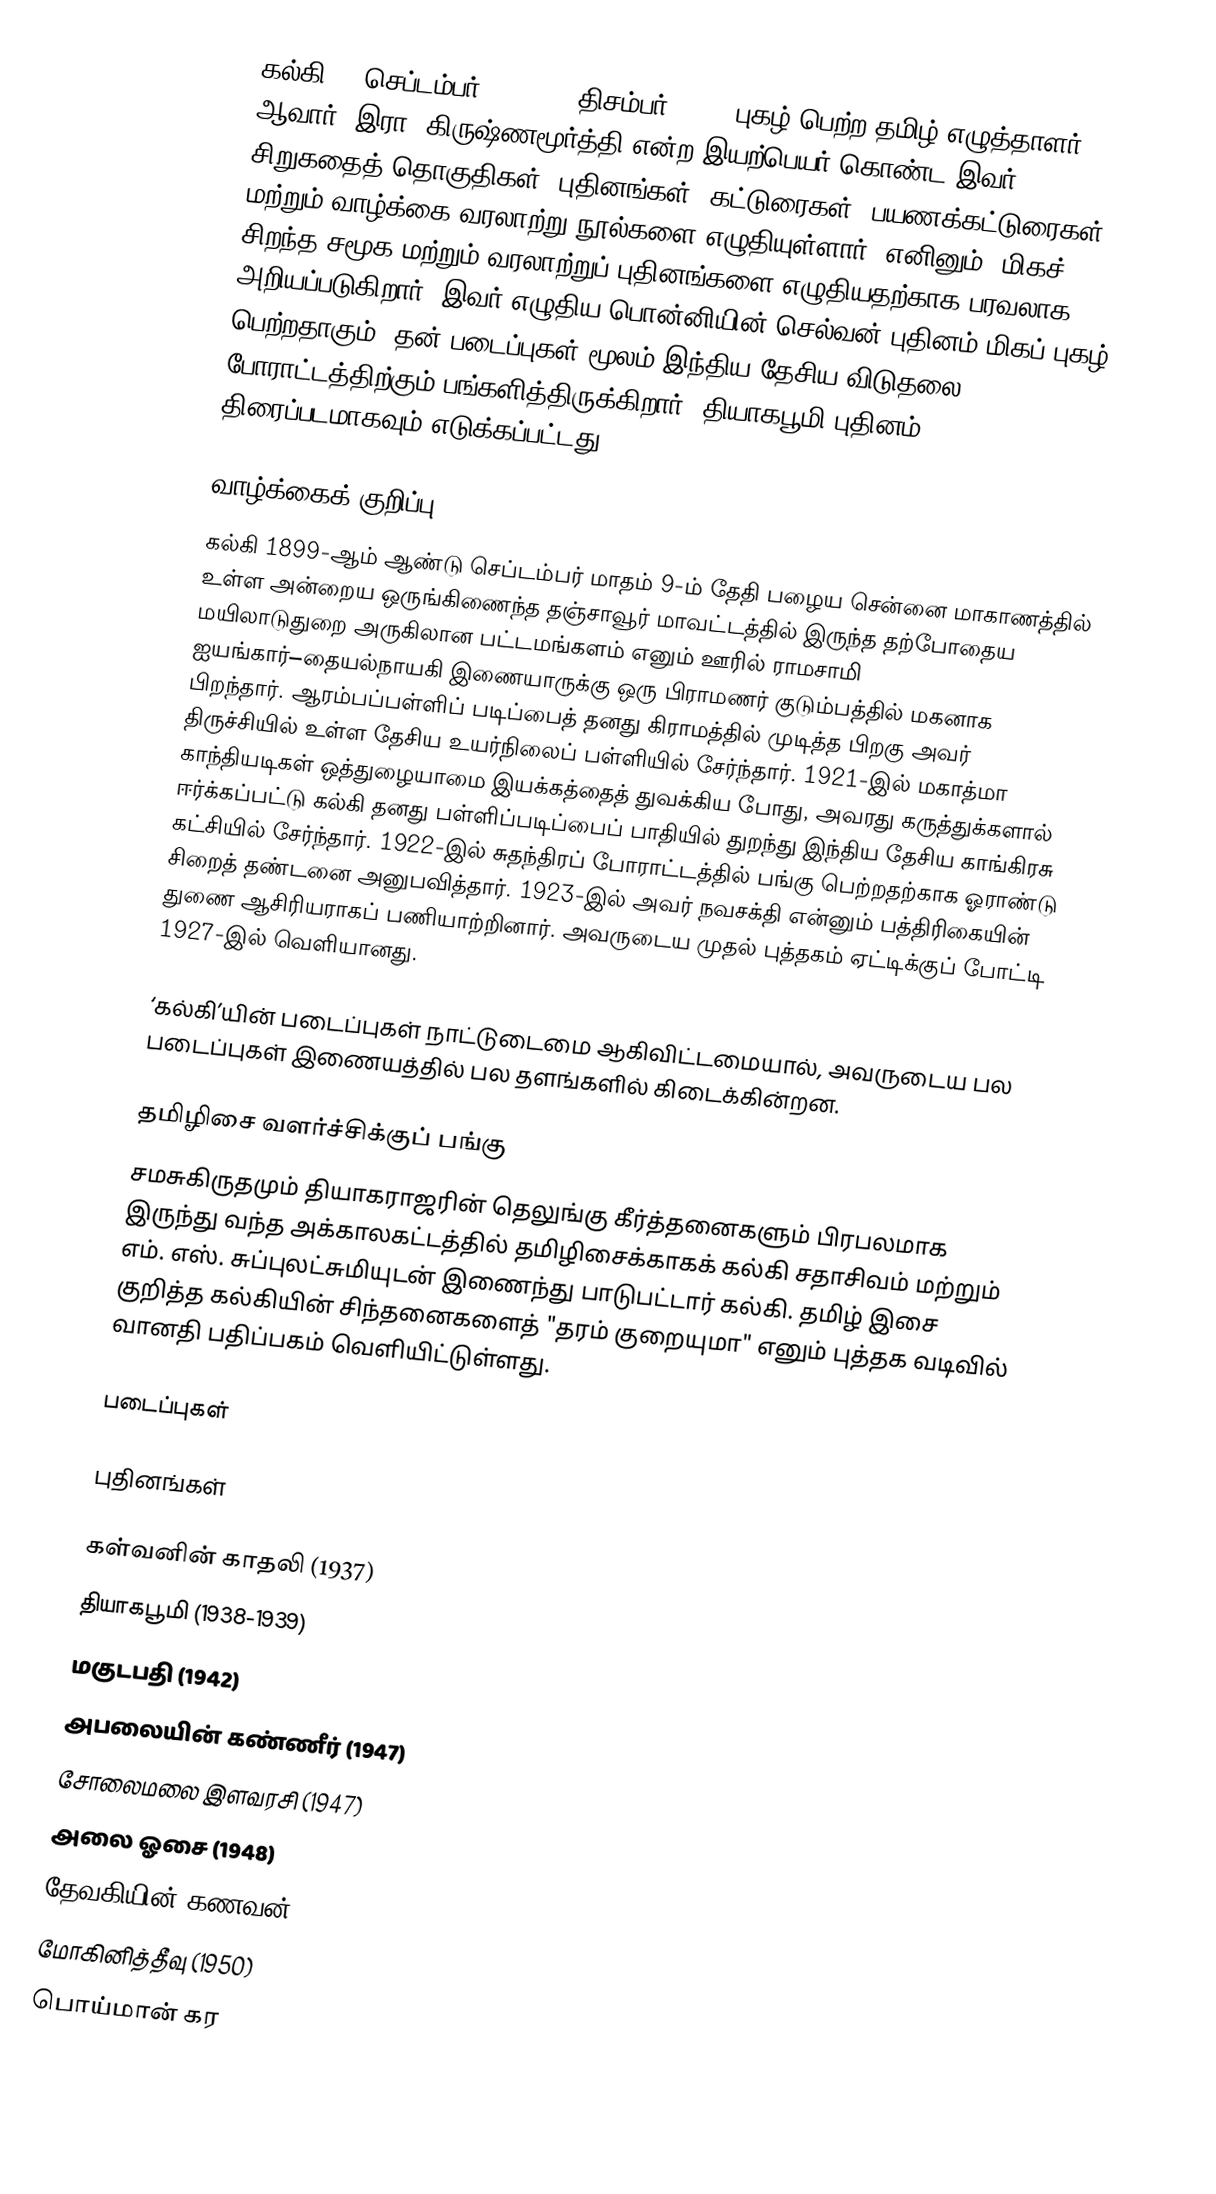
கல்கி (9 செப்டம்பர் 1899 – 5 திசம்பர் 1954) புகழ் பெற்ற தமிழ் எழுத்தாளர் ஆவார். இரா. கிருஷ்ணமூர்த்தி என்ற இயற்பெயர் கொண்ட இவர் 35 சிறுகதைத் தொகுதிகள், புதினங்கள், கட்டுரைகள், பயணக்கட்டுரைகள் மற்றும் வாழ்க்கை வரலாற்று நூல்களை எழுதியுள்ளார். எனினும், மிகச் சிறந்த சமூக மற்றும் வரலாற்றுப் புதினங்களை எழுதியதற்காக பரவலாக அறியப்படுகிறார். இவர் எழுதிய பொன்னியின் செல்வன் புதினம் மிகப் புகழ் பெற்றதாகும். தன் படைப்புகள் மூலம் இந்திய தேசிய விடுதலை போராட்டத்திற்கும் பங்களித்திருக்கிறார். தியாகபூமி புதினம் திரைப்படமாகவும் எடுக்கப்பட்டது.

வாழ்க்கைக் குறிப்பு
கல்கி 1899-ஆம் ஆண்டு செப்டம்பர் மாதம் 9-ம் தேதி பழைய சென்னை மாகாணத்தில் உள்ள அன்றைய ஒருங்கிணைந்த தஞ்சாவூர் மாவட்டத்தில் இருந்த தற்போதைய மயிலாடுதுறை அருகிலான பட்டமங்களம் எனும் ஊரில் ராமசாமி ஐயங்கார்–தையல்நாயகி இணையாருக்கு ஒரு பிராமணர் குடும்பத்தில் மகனாக பிறந்தார். ஆரம்பப்பள்ளிப் படிப்பைத் தனது கிராமத்தில் முடித்த பிறகு அவர் திருச்சியில் உள்ள தேசிய உயர்நிலைப் பள்ளியில் சேர்ந்தார். 1921-இல் மகாத்மா காந்தியடிகள் ஒத்துழையாமை இயக்கத்தைத் துவக்கிய போது, அவரது கருத்துக்களால் ஈர்க்கப்பட்டு கல்கி தனது பள்ளிப்படிப்பைப் பாதியில் துறந்து இந்திய தேசிய காங்கிரசு கட்சியில் சேர்ந்தார். 1922-இல் சுதந்திரப் போராட்டத்தில் பங்கு பெற்றதற்காக ஓராண்டு சிறைத் தண்டனை அனுபவித்தார். 1923-இல் அவர் நவசக்தி என்னும் பத்திரிகையின் துணை ஆசிரியராகப் பணியாற்றினார். அவருடைய முதல் புத்தகம் ஏட்டிக்குப் போட்டி 1927-இல் வெளியானது.

‘கல்கி’யின் படைப்புகள் நாட்டுடைமை ஆகிவிட்டமையால், அவருடைய பல படைப்புகள் இணையத்தில் பல தளங்களில் கிடைக்கின்றன.

தமிழிசை வளர்ச்சிக்குப் பங்கு
சமசுகிருதமும் தியாகராஜரின் தெலுங்கு கீர்த்தனைகளும் பிரபலமாக இருந்து வந்த அக்காலகட்டத்தில் தமிழிசைக்காகக் கல்கி சதாசிவம் மற்றும் எம். எஸ். சுப்புலட்சுமியுடன் இணைந்து பாடுபட்டார் கல்கி. தமிழ் இசை குறித்த கல்கியின் சிந்தனைகளைத் "தரம் குறையுமா" எனும் புத்தக வடிவில் வானதி பதிப்பகம் வெளியிட்டுள்ளது.

படைப்புகள்

புதினங்கள்

 கள்வனின் காதலி (1937)
 தியாகபூமி (1938-1939)
 மகுடபதி (1942)
 அபலையின் கண்ணீர் (1947)
 சோலைமலை இளவரசி (1947)
 அலை ஓசை (1948)
 தேவகியின் கணவன் (1950)
 மோகினித்தீவு (1950)
 பொய்மான் கர